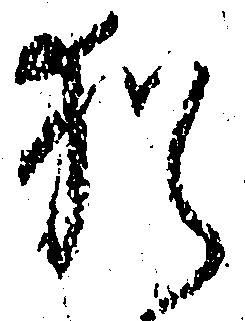
猶